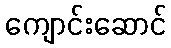
ကျောင်းဆောင်